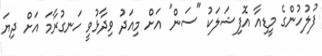
ފުލުހުންގެ މީޑިއާ އޮފިޝަލަކު "ސަން" އަށް މިއަދު ވިދާޅުވީ ހަނގުރާމަ އަށް ދިޔަ